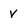
Character: v